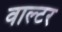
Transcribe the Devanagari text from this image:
वाल्‍टर